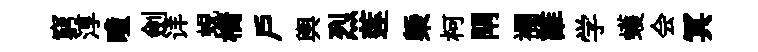
窮淳曈劍详蜆橋户輿烈莲槩柯閈襴誰学蠖会冥